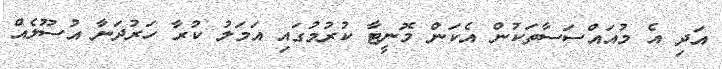
އަދި އެ މުއައްސަސާތަކުން އެކަން މޮނީޓާ ކުރުމުގައި އަމަލު ކުރާ ހަރުދަނާ އުސޫލެއް